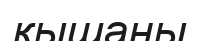
қышаны